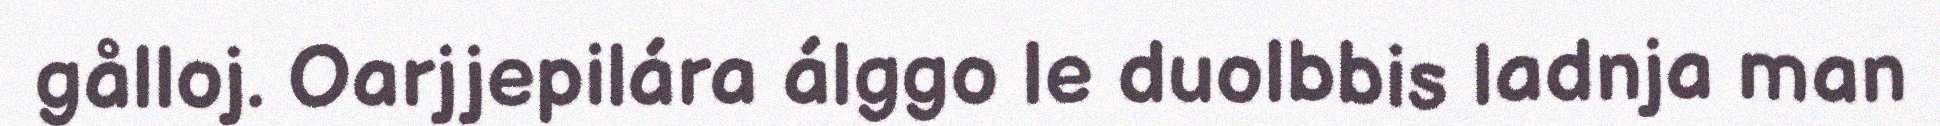
gålloj. Oarjjepilára álggo le duolbbis ladnja man